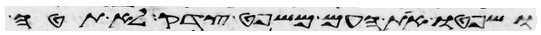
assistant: ושפטו את העם משפט צדק לא תטה